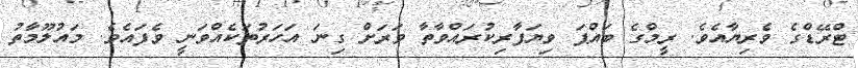
ޓްރޭޑްގެ ވެރިޔާއެވެ. ރީމްގެ ބައްޕަ ވިޔަފާރިކުރައްވާތާ ވަރަށް ގިނަ އަހަރުތަކެއްވަނީ ވެފައެވެ. މައުލޫމާތު